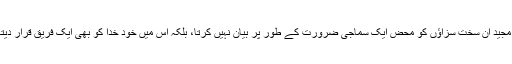
قرآن مجید ان سخت سزاؤں کو محض ایک سماجی ضرورت کے طور پر بیان نہیں کرتا، بلکہ اس میں خود خدا کو بھی ایک فریق قرار دیتا ہے۔